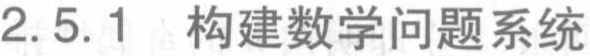
2.5.1 构建数学问题系统